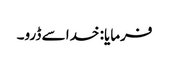
فرمایا: خدا سے ڈرو۔